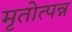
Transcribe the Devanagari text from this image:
मृतोत्पन्न